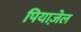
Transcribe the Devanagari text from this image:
पियाज़ेल